Insane asylums in Bengal annual reports 1876-1887 - 1876-1887
Year: 1876
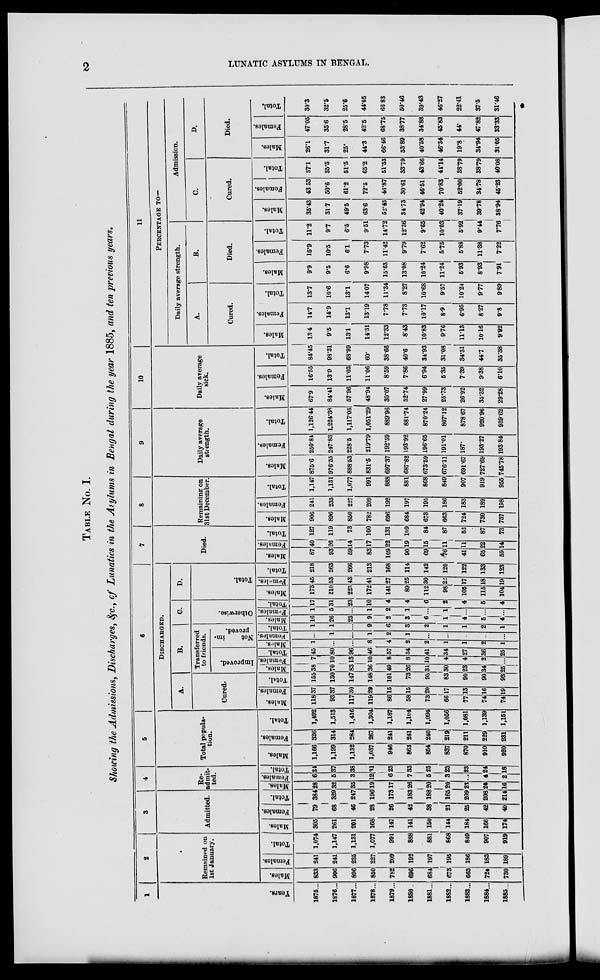
2
LUNATIC ASYLUMS IN BENGAL.
TABLE No. I.
Showing the Admissions, Discharges, &c., of Lunatics in the Asylums in Bengal during the year 1885, and ten previous years.
1
Years.
1875 ...
1876 ...
1877 ...
1878 ...
1879 ...
1880 ...
1881 ...
1882 ...
1888 ...
1884 ...
1885 ...
2
Remained on
1st January.
Males.
833
906
896
850
782
696
684
673
663
724
730
Females.
241
241
235
227
209
192
197
195
186
183
189
Total.
1,074
1,147
1,131
1,077
991
888
881
868
849
907
919
3
Admitted.
Males.
305
261
201
168
147
141
150
144
184
166
174
Females.
79
68
46
28
26
42
38
21
25
42
40
Total.
384
329
247
196
173
183
188
165
209
208
214
4
Re-
admit-
ted.
Males.
28
32
35
19
17
26
20
20
23
20
16
Females.
6
5
3
12
6
7
5
3
...
4
2
Total.
34
37
38
31
23
33
25
23
23
24
18
5
Total popula-
tion.
Males.
1,166
1,199
1,132
1,037
946
863
854
837
870
910
920
Females.
326
314
284
267
241
241
240
219
211
229
231
Total.
1,492
1,513
1,416
1,304
1,187
1,104
1,094
1,056
1,081
1,139
1,151
6
DISCHARGED.
A.
Cured.
Males.
118
93
117
119
86
58
73
66
77
74
74
Females.
37
37
30
29
15
15
20
17
13
16
19
Total.
155
130
147
148
101
73
93
83
90
90
93
B.
Transferred
to friends.
Improved.
Males.
38
70
83
36
49
26
31
30
23
34
25
Females.
7
10
13
10
8
8
10
4
4
2
...
Total.
45
80
96
46
57
34
41
34
27
36
25
Not
im-
proved.
Males.
1
...
...
8
4
2
2
1
1
2
1
Females.
...
1
...
1
2
1
...
...
...
...
...
Total.
1
1
...
9
6
3
2
1
1
2
1
C.
Otherwise.
Males.
16
26
23
9
2
3
6
1
4
5
...
Females.
1
5
...
1
2
1
...
1
...
...
...
Total.
17
31
23
10
4
4
6
2
4
5
4
D.
Total.
Males.
173
210
223
172
141
89
112
98
105
115
104
Females.
45
53
43
41
27
25
30
22
17
18
19
Total.
218
263
266
213
168
114
142
120
122
133
123
7
Died.
Males.
87
93
59
83
109
90
69
76
41
65
59
Females.
40
26
14
17
22
19
15
11
11
22
14
Total.
127
119
73
100
131
109
84
87
52
87
73
8
Remaining on
31st December.
Males.
906
896
850
782
696
684
673
663
724
730
757
Females.
241
235
227
209
192
197
195
186
183
189
198
Total.
1,147
1,131
1,077
991
888
881
868
849
907
919
955
9
Daily average
strength.
Males.
875.6
976.55
888.53
831.5
697.37
687.82
673.59
676.11
691.67
727.69
745.78
Females.
250.84
247.83
228.5
219.79
192.59
193.92
196.65
191.01
187.
193.27
193.84
Total.
1,126.44
1,224.38
1,117.03
1,051.29
889.96
881.74
870.24
867.12
878.67
920.96
939.62
10
Daily average
sick.
Males.
67.9
84.41
57.96
48.94
30.07
32.74
27.99
25.73
26.92
35.32
29.28
Females.
16.55
13.9
11.03
11.06
8.59
7.86
6.94
5.35
7.39
9.38
6.10
Total.
84.45
98.31
68.99
60.
38.66
40.6
34.93
31.08
34.31
44.7
35.38
11
PERCENTAGE TO—
Daily average strength.
A.
Cured.
Males.
13.4
9.5
13.1
14.31
12.33
8.43
10.83
9.76
11.13
10.16
9.92
Females.
14.7
14.9
13.1
13.19
7.78
7.73
10.17
8.9
6.95
8.27
9.8
Total.
13.7
10.6
13.1
14.07
11.34
8.27
10.68
9.57
10.24
9.77
9.89
B.
Died.
Males.
9.9
9.5
6.6
9.98
15.63
13.08
10.24
11.24
5.93
8.93
7.91
Females.
15.9
10.5
6.1
7.73
11.42
9.79
7.62
5.75
5.88
11.38
7.22
Total.
11.2
9.7
6.5
9.51
14.72
12.36
9.65
10.03
5.92
9.44
7.76
Admission.
C.
Cured.
Males.
35.43
31.7
49.5
63.6
52.43
34.73
42.94
40.24
37.19
39.78
38.94
Females.
43.53
50.6
61.2
72.5
46.87
30.61
46.51
70.83
52.00
34.78
45.23
Total.
37.1
35.5
51.5
65.2
51.53
33.79
43.66
44.14
38.79
38.79
40.08
D.
Died.
Males.
26.1
31.7
25.
44.3
66.46
53.89
40.58
46.34
19.8
34.94
31.05
Females.
47.05
35.6
28.5
42.5
68.75
38.77
34.88
45.83
44.
47.82
33.33
Total.
30.3
32.5
25.6
44.05
66 83
50.46
39.43
46.27
22.41
37.5
31.46